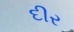
દીર